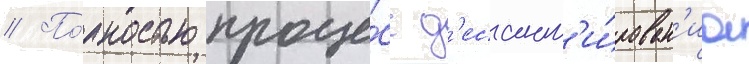
// По́лностью проце́сс д'есант'и́рован'иа